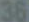
36